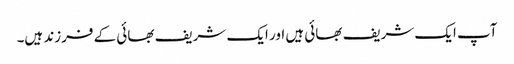
آپ ایک شریف بھائی ہیں اور ایک شریف بھائی کے فرزند ہیں۔